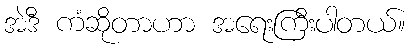
အဲဒီ ကံဆိုတာဟာ အရေးကြီးပါတယ်။